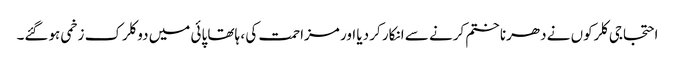
احتجاجی کلرکوں نے دھرنا ختم کرنے سے انکار کر دیا اور مزاحمت کی ، ہاتھا پائی میں دو کلرک زخمی ہوگئے۔